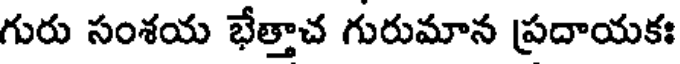
గురు సంశయ భేత్తాచ గురుమాన ప్రదాయకః